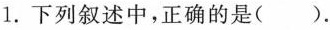
1. 下列叙述中，正确的是()。